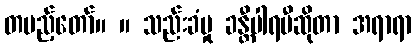
တပည့်တော်။ ။ သည်းခံမှု ခန္တီပါရမီဆိုတာ အရာရာ